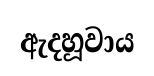
ඇදහූවාය